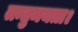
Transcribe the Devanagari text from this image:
तन्तुमयता।